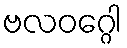
ဗလဝဂ္ဂေါ